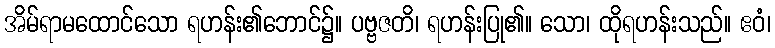
အိမ်ရာမထောင်သော ရဟန်း၏ဘောင်၌။ ပဗ္ဗဇတိ၊ ရဟန်းပြု၏။ သော၊ ထိုရဟန်းသည်။ ဧဝံ၊